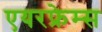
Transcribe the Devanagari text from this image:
एयरफ्रेम्स